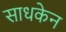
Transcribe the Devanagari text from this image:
साधकेन